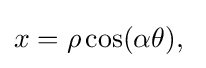
x=\rho \cos(\alpha \theta ),\